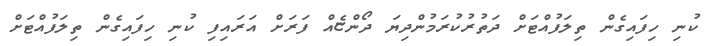
ކުނި ހިފައިގެން ތިލަފުއްޓަށް ދަތުރުކުރަމުންދިޔަ ދޯންޏެއް ފަރަށް އަރައިފި ކުނި ހިފައިގެން ތިލަފުއްޓަށް